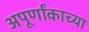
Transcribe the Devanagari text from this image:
अपूर्णांकाच्या